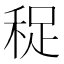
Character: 𥞺